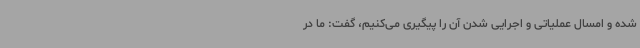
شده و امسال عملیاتی و اجرایی شدن آن را پیگیری می‌کنیم، گفت: ما در